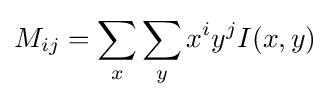
M_{ij}=\sum _{x}\sum _{y}x^{i}y^{j}I(x,y)\,\!